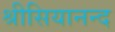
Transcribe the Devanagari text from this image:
श्रीसियानन्द